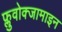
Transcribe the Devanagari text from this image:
फ्लुवोक्जामाइन